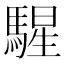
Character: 𩤵